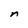
Character: n